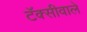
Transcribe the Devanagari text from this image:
टॅक्सीवाले